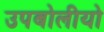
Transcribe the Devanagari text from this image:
उपबोलीयो